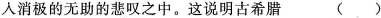
入消极的无助的悲叹之中。这说明古希腊 ()